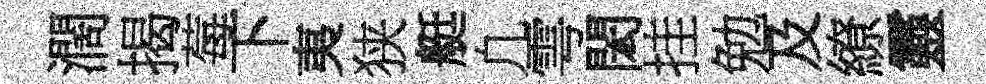
濶揭莓下夷狭艇凢雩閎挂勉及繚靈